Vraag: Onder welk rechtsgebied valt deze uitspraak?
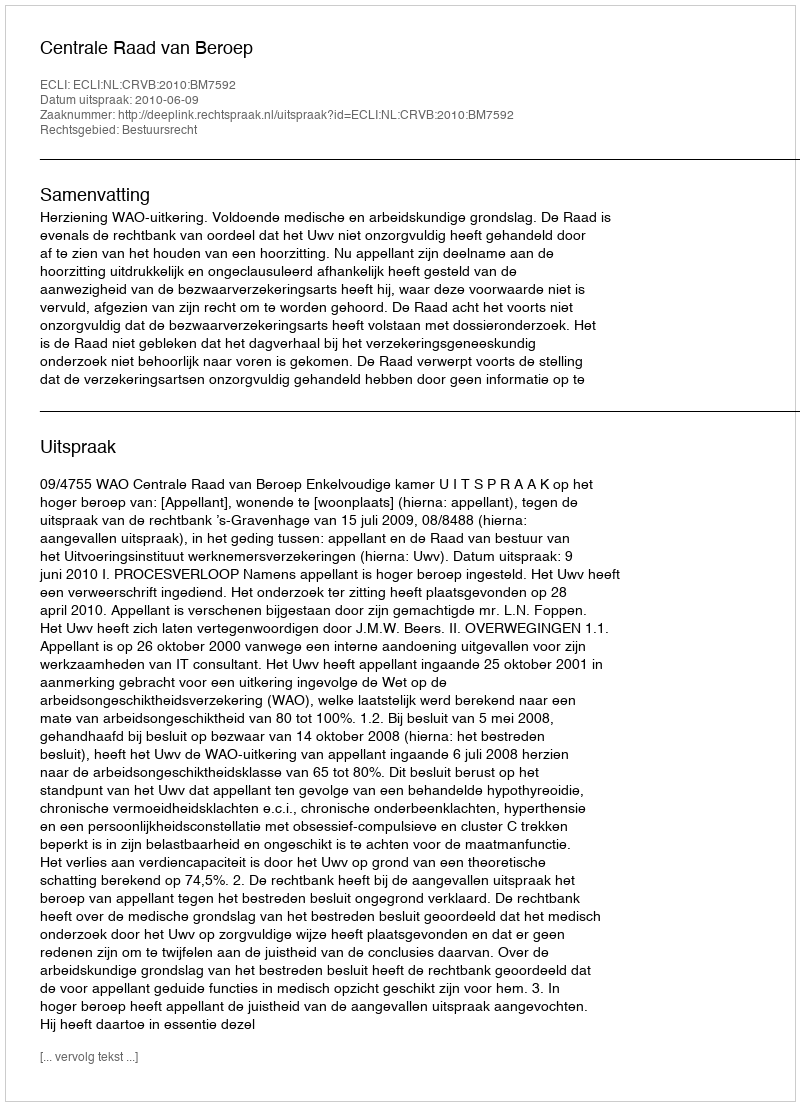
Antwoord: Bestuursrecht